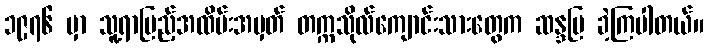
၁၉၇၆ မှာ သူ့ရာပြည့်အထိမ်းအမှတ် တက္ကသိုလ်ကျောင်းသားတွေက ဆန္ဒပြ ခဲ့ကြပါတယ်။